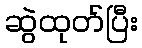
ဆွဲထုတ်ပြီး